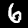
Digit: 6